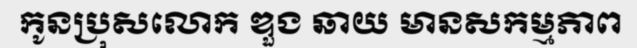
កូនប្រុសលោក ឌួង ឆាយ មានសកម្មភាព